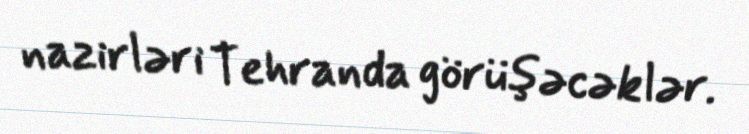
nazirləri Tehranda görüşəcəklər.